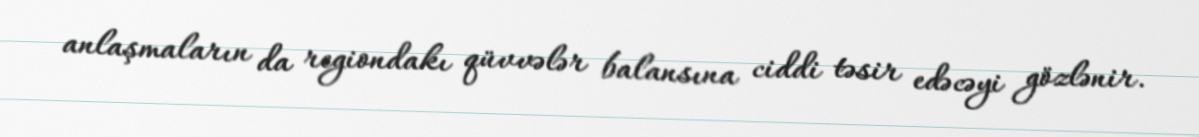
anlaşmaların da regiondakı qüvvələr balansına ciddi təsir edəcəyi gözlənir.